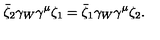
\bar { \zeta } _ { 2 } \gamma _ { W } \gamma ^ { \mu } \zeta _ { 1 } = \bar { \zeta } _ { 1 } \gamma _ { W } \gamma ^ { \mu } \zeta _ { 2 } .